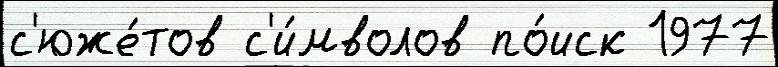
с'юже́тов с'и́мволов по́иск 1977